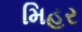
મિહર